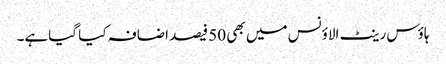
ہاؤس رینٹ الاؤنس میں بھی 50 فیصد اضافہ کیا گیاہے۔